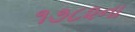
૧૭૮૨ના